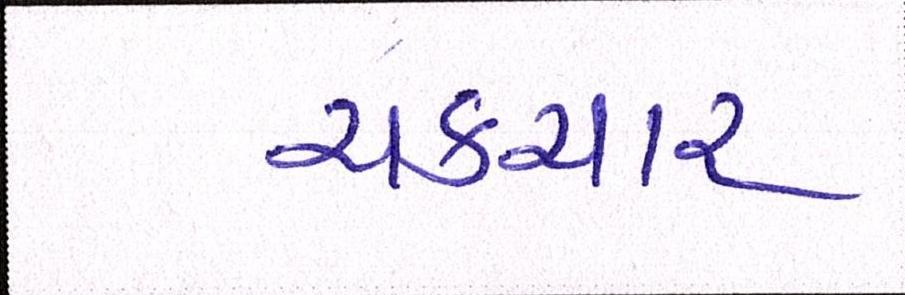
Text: ચકચાર